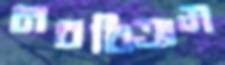
নববিক্রম